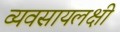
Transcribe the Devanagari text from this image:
व्यवसायलक्षी